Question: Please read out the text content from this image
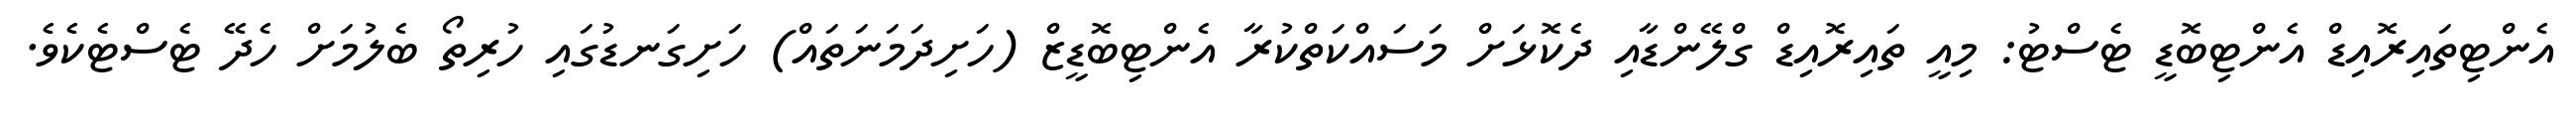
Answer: އެންޓިތައިރޮއިޑް އެންޓިބޮޑީ ޓެސްޓު: މިއީ ތައިރޮއިޑް ގްލޭންޑާއި ދެކޮޅަށް މަސައްކަތްކުރާ އެންޓިބޮޑީޒް (ހަށިދަމަނަތައް) ހަށިގަނޑުގައި ހުރިތޯ ބެލުމަށް ހެދޭ ޓެސްޓެކެވެ.